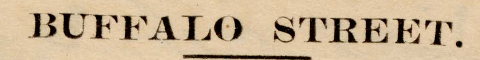
BUFFALO STREET.